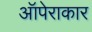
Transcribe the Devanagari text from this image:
ऑपेराकार